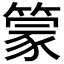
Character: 𰪓